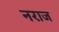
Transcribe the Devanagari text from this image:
नराज